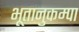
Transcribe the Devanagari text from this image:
भूतानुकम्पा